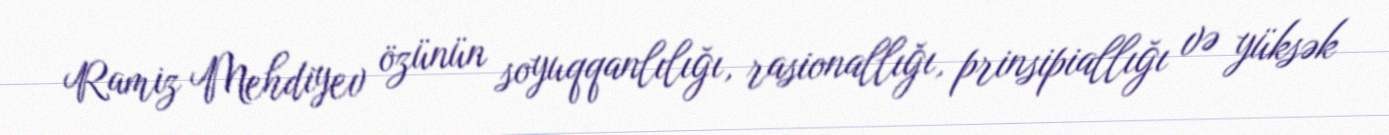
Ramiz Mehdiyev özünün soyuqqanlılığı, rasionallığı, prinsipiallığı və yüksək